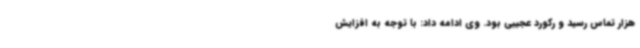
هزار تماس رسید و رکورد عجیبی بود. وی ادامه داد: با توجه به افزایش